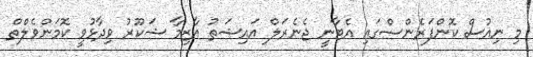
މި ނިއުސް ކޮންފަރެންސްގައި އެޓާނީ ޖެނެރަލް އައިޝަތު އާޒިމާ ޝަކޫރު ވިދާޅުވީ ކޮމަންވެލްތް